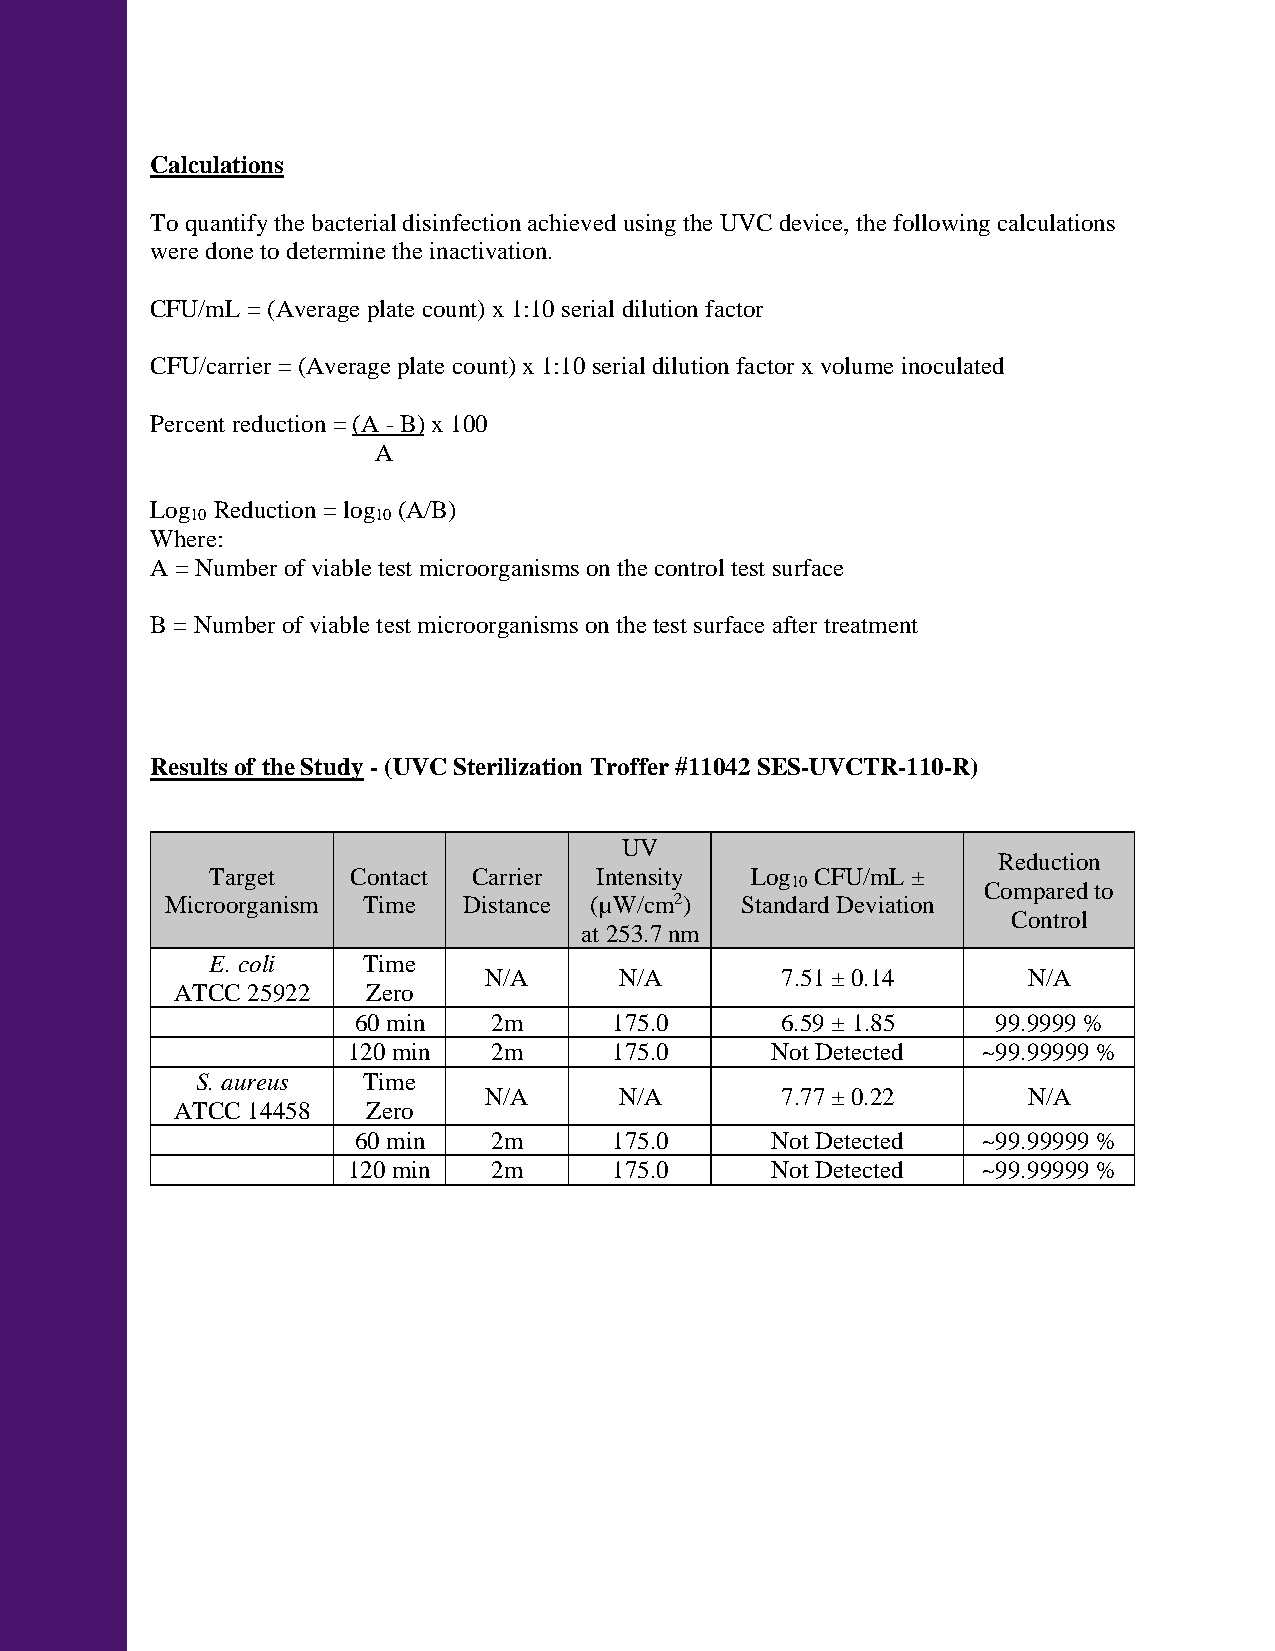
Calculations
 To quantify the bacterial disinfection achieved using the UVC device, the following calculations
 were done to determine the inactivation.
 CFU/mL = (Average plate count) x 1:10 serial dilution factor
 CFU/carrier = (Average plate count) x 1:10 serial dilution factor x volume inoculated
 Percent reduction = (A - B) x 100
 A
 Log Reduction = log (A/B)
 10          10
 Where:
 A = Number of viable test microorganisms on the control test surface
 B = Number of viable test microorganisms on the test surface after treatment
 Results of the Study - (UVC Sterilization Troffer #11042 SES-UVCTR-110-R)
 UV
 Reduction
 Target   Contact Carrier Intensity  Log CFU/mL ±
 10
 Compared to
 Microorganism Time  Distance (µW/cm2) Standard Deviation
 Control
 at 253.7 nm
 E. coli   Time
 N/A      N/A        7.51 ± 0.14     N/A
 ATCC 25922  Zero
 60 min    2m      175.0      6.59 ± 1.85   99.9999 %
 120 min   2m      175.0     Not Detected  ~99.99999 %
 S. aureus  Time
 N/A      N/A        7.77 ± 0.22     N/A
 ATCC 14458  Zero
 60 min    2m      175.0     Not Detected  ~99.99999 %
 120 min   2m      175.0     Not Detected  ~99.99999 %